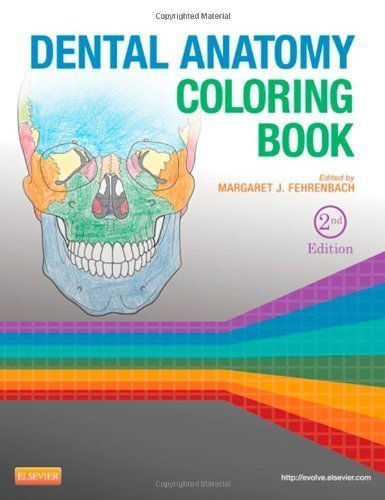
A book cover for Dental Anatomy Coloring Book, 2e 2nd (second) Edition published by Saunders (2013); Medical Books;